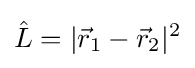
{\hat {L}}=|{\vec {r}}_{1}-{\vec {r}}_{2}|^{2}